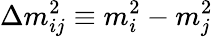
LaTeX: \Delta m_{ij}^{2}\equiv m_{i}^{2}-m_{j}^{2}